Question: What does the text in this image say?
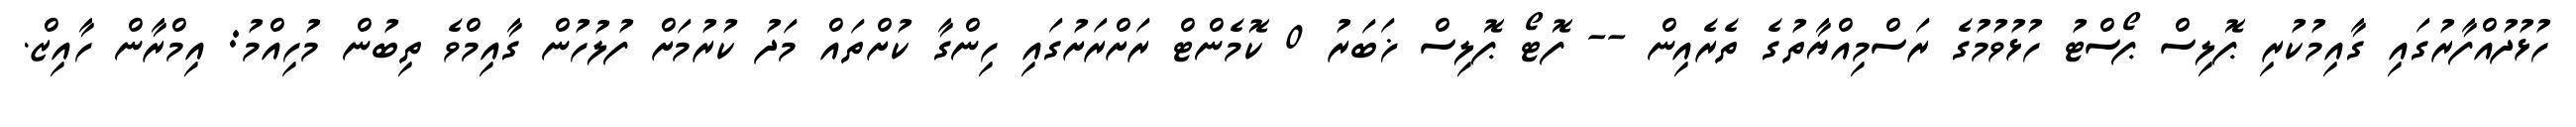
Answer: ހުޅުދުއްފާރުގައި ގާއިމުކުރި ޕޮލިސް ޕޯސްޓު ހުޅުވުމުގެ ރަސްމިއްޔާތުގެ ތެރެއިން -- ފޮޓޯ ޕޮލިސް ޚަބަރު 0 ކޮމެންޓް ރަށްރަށުގައި ހިންގާ ކުށްތައް މަދު ކުރުމަށް ފުލުހުން ގާއިމްވެ ތިބުން މުހިއްމު: އިމްރާން ހާއިޒް.